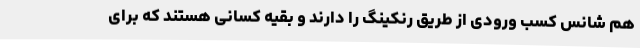
هم شانس کسب ورودی از طریق رنکینگ را دارند و بقیه کسانی هستند که برای